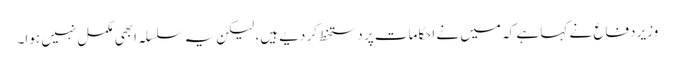
وزیر دفاع نے کہا ہے کہ میں نے احکامات پر دستخط کر دیے ہیں، لیکن یہ سلسلہ ابھی مکمل نہیں ہوا۔